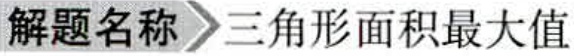
\textbf{解题名称} \arrow 三角形面积最大值